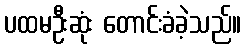
ပထမဦးဆုံး တောင်းခံခဲ့သည်။